Vaccination in Bombay 1902-1912 - 1902-1912
Year: 1902
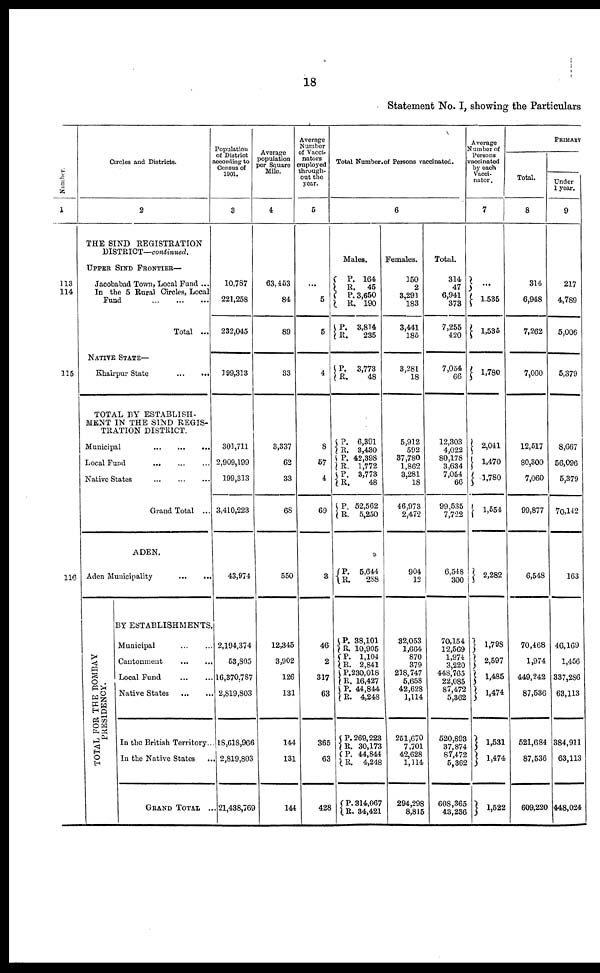
18
Statement No. I, showing the Particulars
Number.
1
113
114
115
116
Circles and Districts.
2
THE SIND REGISTRATION
DISTRICT—continued.
UPPER SIND FRONTIER—
Jacobabad Town, Local Fund ...
In the 5 Rural Circles, Local
Fund
...
...
...
Total ...
NATIVE STATE—
Khairpur State
...
...
TOTAL BY ESTABLISH-
MENT IN THE SIND REGIS-
TRATION DISTRICT.
Municipal
...
...
...
Local Fund
...
...
...
Native States
...
...
...
Grand Total ...
ADEN.
Aden Municipality
...
...
TOTAL FOR THE BOMBAY
PRESIDENCY.
BY ESTABLISHMENTS.
Municipal
...
...
Cantonment
...
...
Local Fund ... ...
Native States
...
...
In the British Territory...
In the Native States ...
GRAND TOTAL ...
Population
of District
according to
Census of
1901.
3
10,787
221,258
232,045
199,313
301,711
2,909,199
199,313
3,410,223
43,974
2,194,374
53,805
16,370,787
2,819,803
18,618,966
2,819,803
21,438,769
Average
population
per Square
Mile.
4
63,463
84
89
33
3,337
62
33
68
550
12,345
3,902
126
131
144
131
144
Average
Number
of Vacci-
nators
employed
through-
out the
year.
5
...
5
5
4
8
57
4
69
3
46
2
317
63
365
63
428
Total Number of Persons vaccinated.
6
Males.
P.
R.
P.
R.
P.
R.
P.
R.
P.
R. P.
R.
P.
R.
P.
R.
P.
R.
P.
R.
P.
R.
P.
R.
P.
R.
P.
R.
P.
R.
P.
R.
164
45
3,650
190
3,814
235
3,773
48
6,391
3,430
42,398
1,772
3,773
48
52,562
5,250
5,644
288
38,101
10,905
1,104
2,841
230,018
16,427
44,844
4,248
269,223
30,173
44,844
4,248
314,067
34,421
Females.
150
2
3,291
183
3,441
185
3,281
18
5,912
592
37,780
1,862
3,281
18
46,973
2,472
904
12
32,053
1,664
870
379
218,747
5,658
42,628
1,114
251,670
7,701
42,628
1,114
294,298
8,815
Total.
314
47
6,941
373
7,255
420
7,054
66
12,303
4,022
80,178
3,634
7,054
66
99,535
7,722
6,548
300
70,154
12,569
1,974
3,220
448,765
22,085
87,472
5,362
520,893
37,874
87,472
5,362
608,365
43,236
Average
Number of
Persons
vaccinated
by each
Vacci-
nator.
7
...
1,535
1,535
1,780
2,041
1,470
1,780
1,554
2,282
1,798
2,597
1,485
1,474
1,531
1,474
1,522
PRIMARY
Total.
8
314
6,948
7,262
7,060
12,517
80,300
7,060
99,877
6,548
70,468
1,974
449,242
87,536
521,684
87,536
609,220
Under
1 year.
9
217
4,789
5,006
5,379
8,667
56,096
5,379
70,142
163
46,169
1,456
337,286
63,113
384,911
63,113
448,024